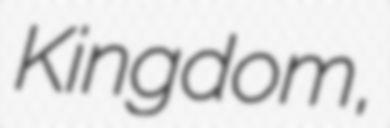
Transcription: Kingdom,